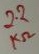
Text: 2.2KΩ